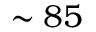
\sim 8 5